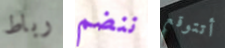
رباط ننضم أتتوقع